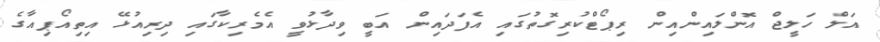
އަލް ހަލީޖް އޮންލައިންއިންް ރިޕޯޓްކުރިގޮތުގައި އެފަދައިން އަބީ ވިދާޅުވީ އެމެރިކާގައި ދިރިއުޅޭ އިތިއޯޕިއާގެ